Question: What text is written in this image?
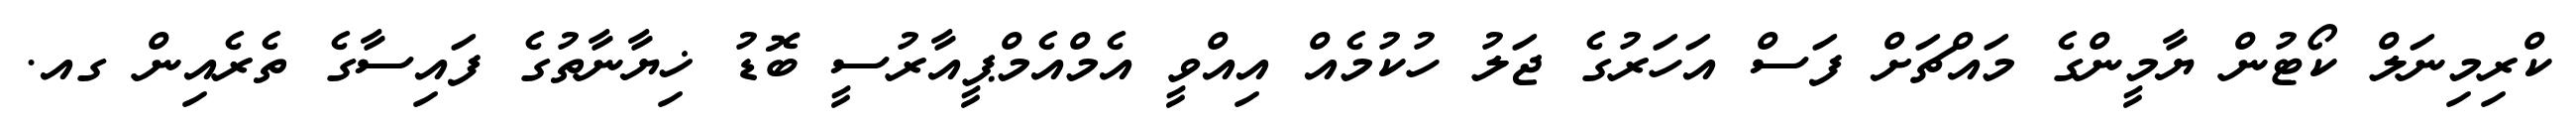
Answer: ކްރިމިނަލް ކޯޓުން ޔާމީންގެ މައްޗަށް ފަސް އަހަރުގެ ޖަލު ހުކުމެއް އިއްވީ އެމްއެމްޕީއާރުސީ ބޮޑު ޚިޔާނާތުގެ ފައިސާގެ ތެރެއިން ގއ.